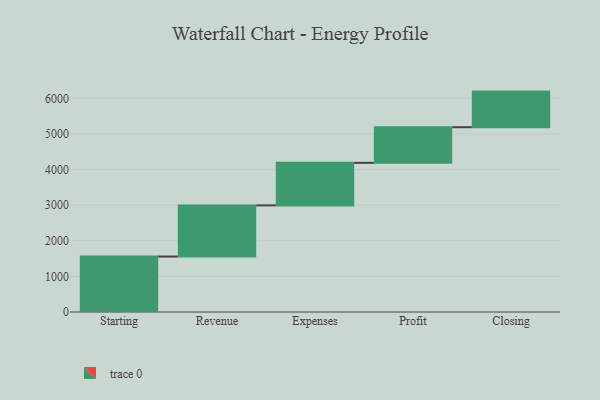
{"axis": {"x": "Step", "y": "Value"}, "legend": [""], "data": [{"x": "Starting", "y": 1557.0, "type": ""}, {"x": "Revenue", "y": 1437.0, "type": ""}, {"x": "Expenses", "y": 1195.0, "type": ""}, {"x": "Profit", "y": 1000, "type": ""}, {"x": "Closing", "y": 1000, "type": ""}]}